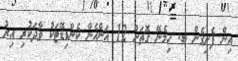
އިން ފެށިގެން ބ. ހިމެނޭ ގޮތަށް 12 އަންހެން ކެންޑިޑޭޓަކު ވާދަކުރި އިރު